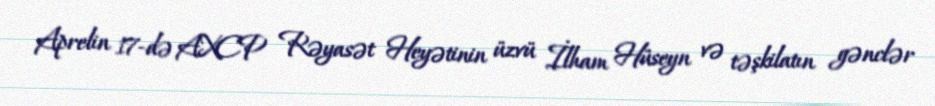
Aprelin 17-də AXCP Rəyasət Heyətinin üzvü İlham Hüseyn və təşkilatın gənclər